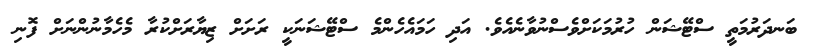
ބަނދަރުމަތީ ސްޓޭޝަން ހުރުމަކަށްވެސްނުވާނެއެވެ. އަދި ހަމައެހެންމެ ސްޓޭޝަނަކީ ރަށަށް ޒިޔާރަށްކުރާ މެހެމާނުންނަށް ފޮނި